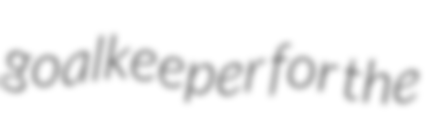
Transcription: goalkeeper for the